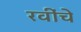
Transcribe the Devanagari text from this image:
रवींचे